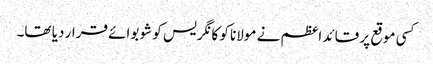
کسی موقع پر قائد اعظم نے مولانا کو کانگریس کو شو بوائے قرار دیا تھا۔